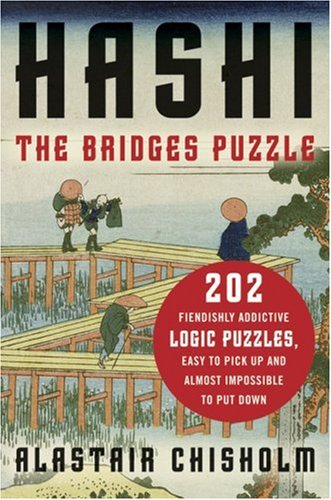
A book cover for HASHI: The Bridges Puzzle; Alastair Chisholm; Humor & Entertainment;